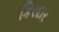
કિરદાર